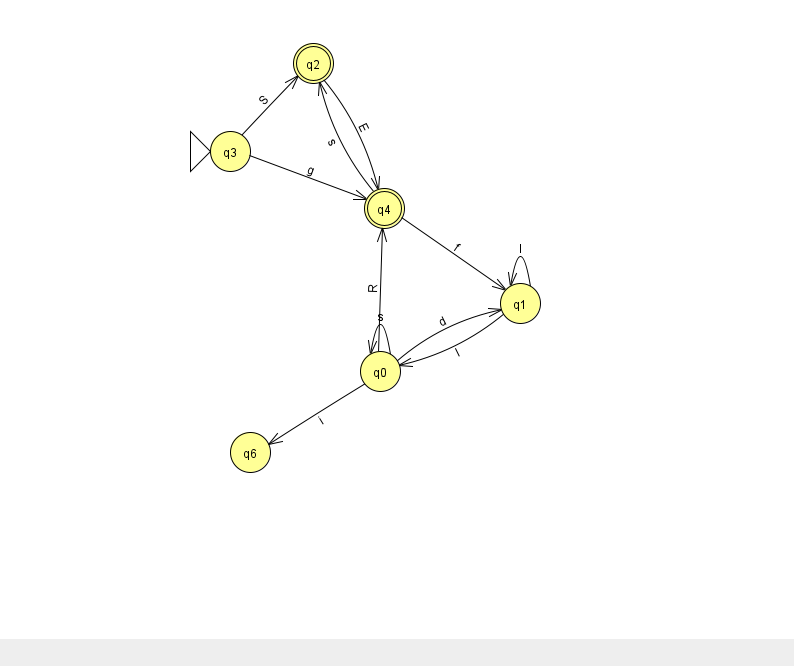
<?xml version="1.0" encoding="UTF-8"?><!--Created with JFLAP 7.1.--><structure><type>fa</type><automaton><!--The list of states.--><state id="0" name="q0"><x>380.0</x><y>358.0</y></state><state id="1" name="q1"><x>520.0</x><y>290.0</y></state><state id="2" name="q2"><x>313.0</x><y>50.0</y><final/></state><state id="3" name="q3"><x>230.0</x><y>138.0</y><initial/></state><state id="4" name="q4"><x>384.0</x><y>195.0</y><final/></state><state id="6" name="q6"><x>250.0</x><y>439.0</y></state><!--The list of transitions.--><transition><from>0</from><to>0</to><read>s</read></transition><transition><from>3</from><to>2</to><read>S</read></transition><transition><from>0</from><to>1</to><read>d</read></transition><transition><from>0</from><to>6</to><read>i</read></transition><transition><from>4</from><to>1</to><read>f</read></transition><transition><from>4</from><to>2</to><read>s</read></transition><transition><from>3</from><to>4</to><read>g</read></transition><transition><from>1</from><to>1</to><read>l</read></transition><transition><from>2</from><to>4</to><read>E</read></transition><transition><from>0</from><to>4</to><read>R</read></transition><transition><from>1</from><to>0</to><read>l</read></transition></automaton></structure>